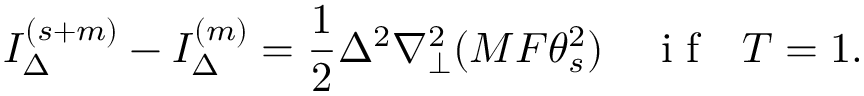
I _ { \Delta } ^ { ( s + m ) } - I _ { \Delta } ^ { ( m ) } = \frac { 1 } { 2 } \Delta ^ { 2 } \nabla _ { \perp } ^ { 2 } ( M F \theta _ { s } ^ { 2 } ) \quad \textrm { i f ~ } T = 1 .